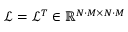
\mathcal { L } = \mathcal { L } ^ { T } \in \mathbb { R } ^ { N \cdot M \times N \cdot M }